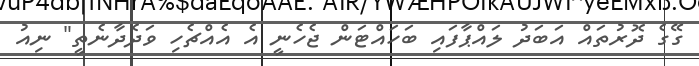
ގޭގެ ދޮރުތައް އަބަދު ލައްޕާފައި ބަހައްޓަން ޖެހެނީ އެ އެއްޗެހި ވަދެދާނެތީ" ނިއު